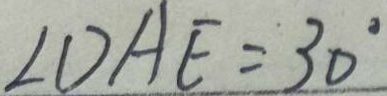
\angle D A E = 3 0 ^ { \circ }